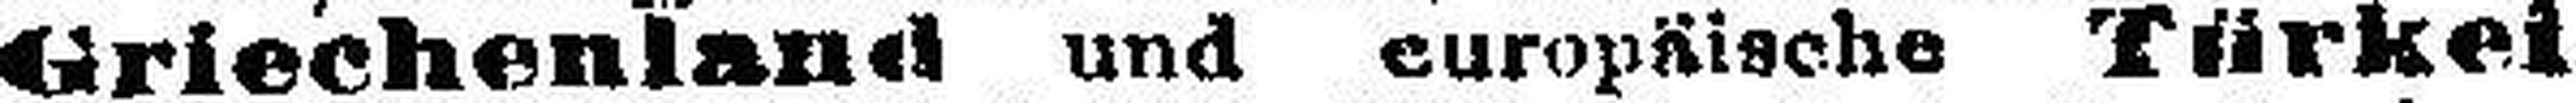
dArlechenland und europäische Türkei